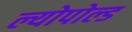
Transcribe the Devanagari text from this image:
ल्योपोल्ड